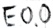
Text: E0.0